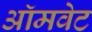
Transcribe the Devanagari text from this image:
ऑमवेट